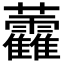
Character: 𧆑